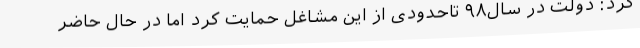
کرد: دولت در سال۹۸ تاحدودی از این مشاغل حمایت کرد اما در حال حاضر